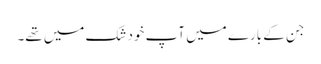
جن کے بارے میں آپ خود شک میں تھے۔